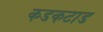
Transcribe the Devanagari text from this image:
कडकटाड